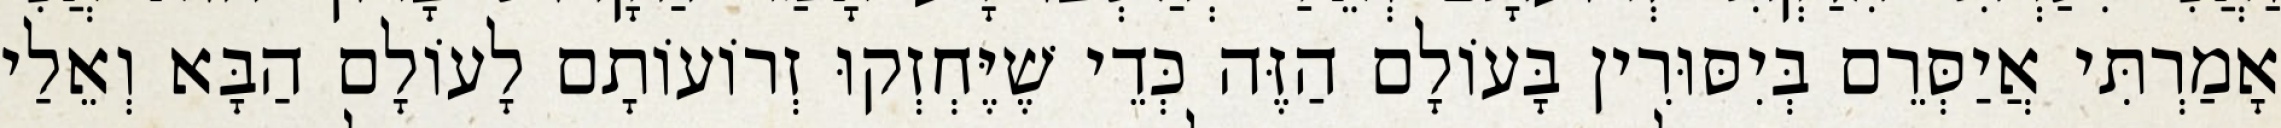
אָמַרְתִּי אֲיַסְּרֵם בְּיִסּוּרִין בָּעוֹלָם הַזֶּה כְּדֵי שֶׁיֶּחְזְקוּ זְרוֹעוֹתָם לָעוֹלָם הַבָּא וְאֵלַי